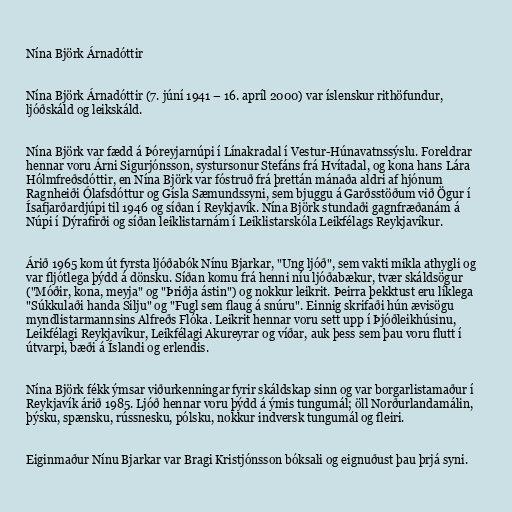
Nína Björk Árnadóttir

Nína Björk Árnadóttir (7. júní 1941 – 16. apríl 2000) var íslenskur rithöfundur,
ljóðskáld og leikskáld.

Nína Björk var fædd á Þóreyjarnúpi í Línakradal í Vestur-Húnavatnssýslu. Foreldrar
hennar voru Árni Sigurjónsson, systursonur Stefáns frá Hvítadal, og kona hans Lára
Hólmfreðsdóttir, en Nína Björk var fóstruð frá þrettán mánaða aldri af hjónum
Ragnheiði Ólafsdóttur og Gísla Sæmundssyni, sem bjuggu á Garðsstöðum við Ögur í
Ísafjarðardjúpi til 1946 og síðan í Reykjavík. Nína Björk stundaði gagnfræðanám á
Núpi í Dýrafirði og síðan leiklistarnám í Leiklistarskóla Leikfélags Reykjavíkur.

Árið 1965 kom út fyrsta ljóðabók Nínu Bjarkar, "Ung ljóð", sem vakti mikla athygli og
var fljótlega þýdd á dönsku. Síðan komu frá henni níu ljóðabækur, tvær skáldsögur
("Móðir, kona, meyja" og "Þriðja ástin") og nokkur leikrit. Þeirra þekktust eru líklega
"Súkkulaði handa Silju" og "Fugl sem flaug á snúru". Einnig skrifaði hún ævisögu
myndlistarmannsins Alfreðs Flóka. Leikrit hennar voru sett upp í Þjóðleikhúsinu,
Leikfélagi Reykjavíkur, Leikfélagi Akureyrar og víðar, auk þess sem þau voru flutt í
útvarpi, bæði á Íslandi og erlendis.

Nína Björk fékk ýmsar viðurkenningar fyrir skáldskap sinn og var borgarlistamaður í
Reykjavík árið 1985. Ljóð hennar voru þýdd á ýmis tungumál; öll Norðurlandamálin,
þýsku, spænsku, rússnesku, pólsku, nokkur indversk tungumál og fleiri.

Eiginmaður Nínu Bjarkar var Bragi Kristjónsson bóksali og eignuðust þau þrjá syni.